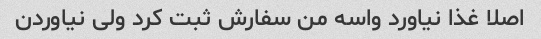
اصلا غذا نیاورد واسه من سفارش ثبت کرد ولی نیاوردن